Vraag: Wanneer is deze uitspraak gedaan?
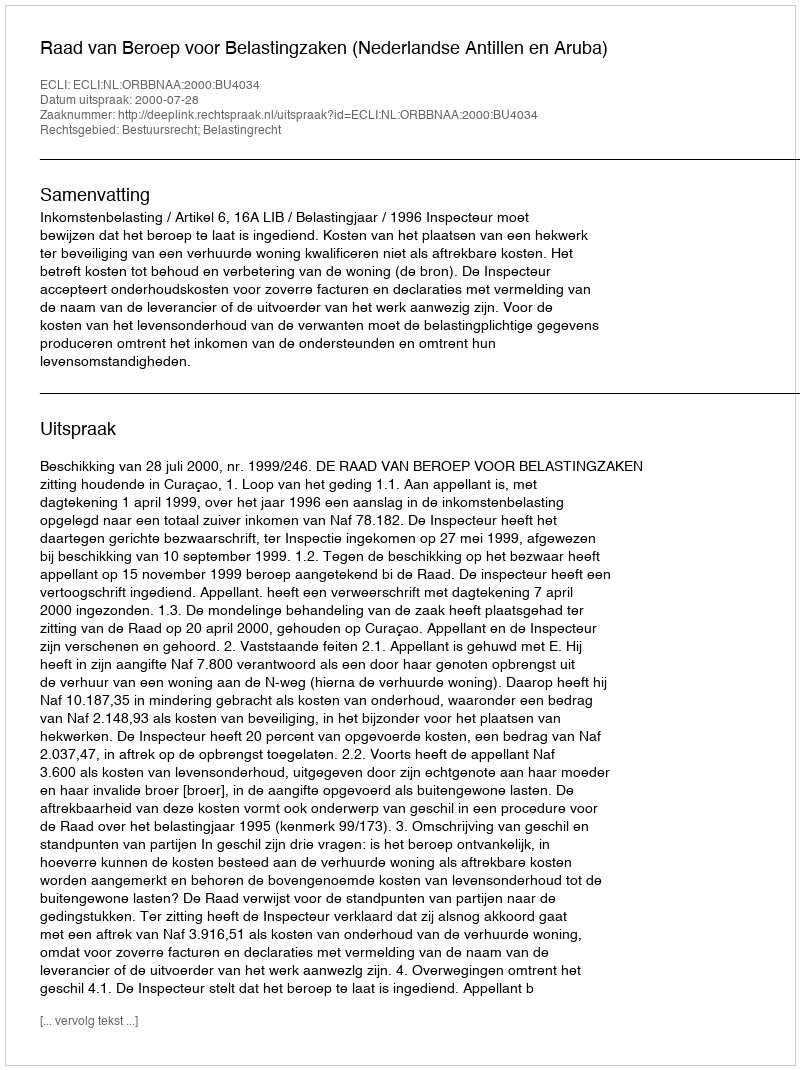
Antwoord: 2000-07-28